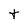
Character: t